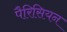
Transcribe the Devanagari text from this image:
पैरिसियन